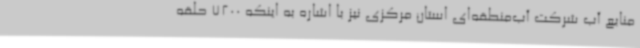
منابع آب شرکت آب‌منطقه‌ای استان مرکزی نیز با اشاره به اینکه 7200 حلقه